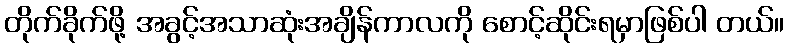
တိုက်ခိုက်ဖို့ အခွင့်အသာဆုံးအချိန်ကာလကို စောင့်ဆိုင်းရမှာဖြစ်ပါ တယ်။